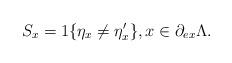
LaTeX: \begin{align*}S_x=1\{\eta_x\neq\eta^{\prime}_x\}, x\in\partial_{ex}\Lambda.\end{align*}